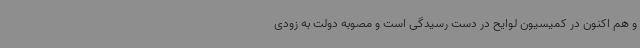
و هم اکنون در کمیسیون لوایح در دست رسیدگی است و مصوبه دولت به زودی